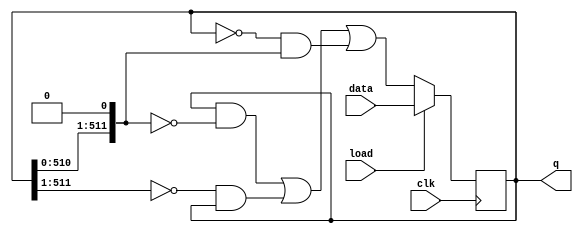
module top_module(
    input clk,
    input load,
    input [511:0] data,
    output [511:0] q
); 
    wire [511:0] q0 ,q1;
    assign q0 = {1'b0, q[511:1]};
    assign q1 = {q[510:0], 1'b0};
    always @(posedge clk) begin
        if (load)
            q <= data;
        else
            q <= (q&~q1) | (~q0&q) | (~q&q1);
    end

endmodule